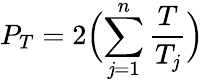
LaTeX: P_{T}=2\Bigl(\sum_{\mathit{j}=1}^{n}\frac{{T}}{{T_{\mathit{j}}}}\Bigl)